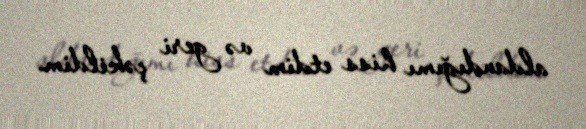
aldandığımı hiss etdim və geri çəkildim.